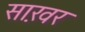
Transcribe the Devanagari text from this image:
सा़खर